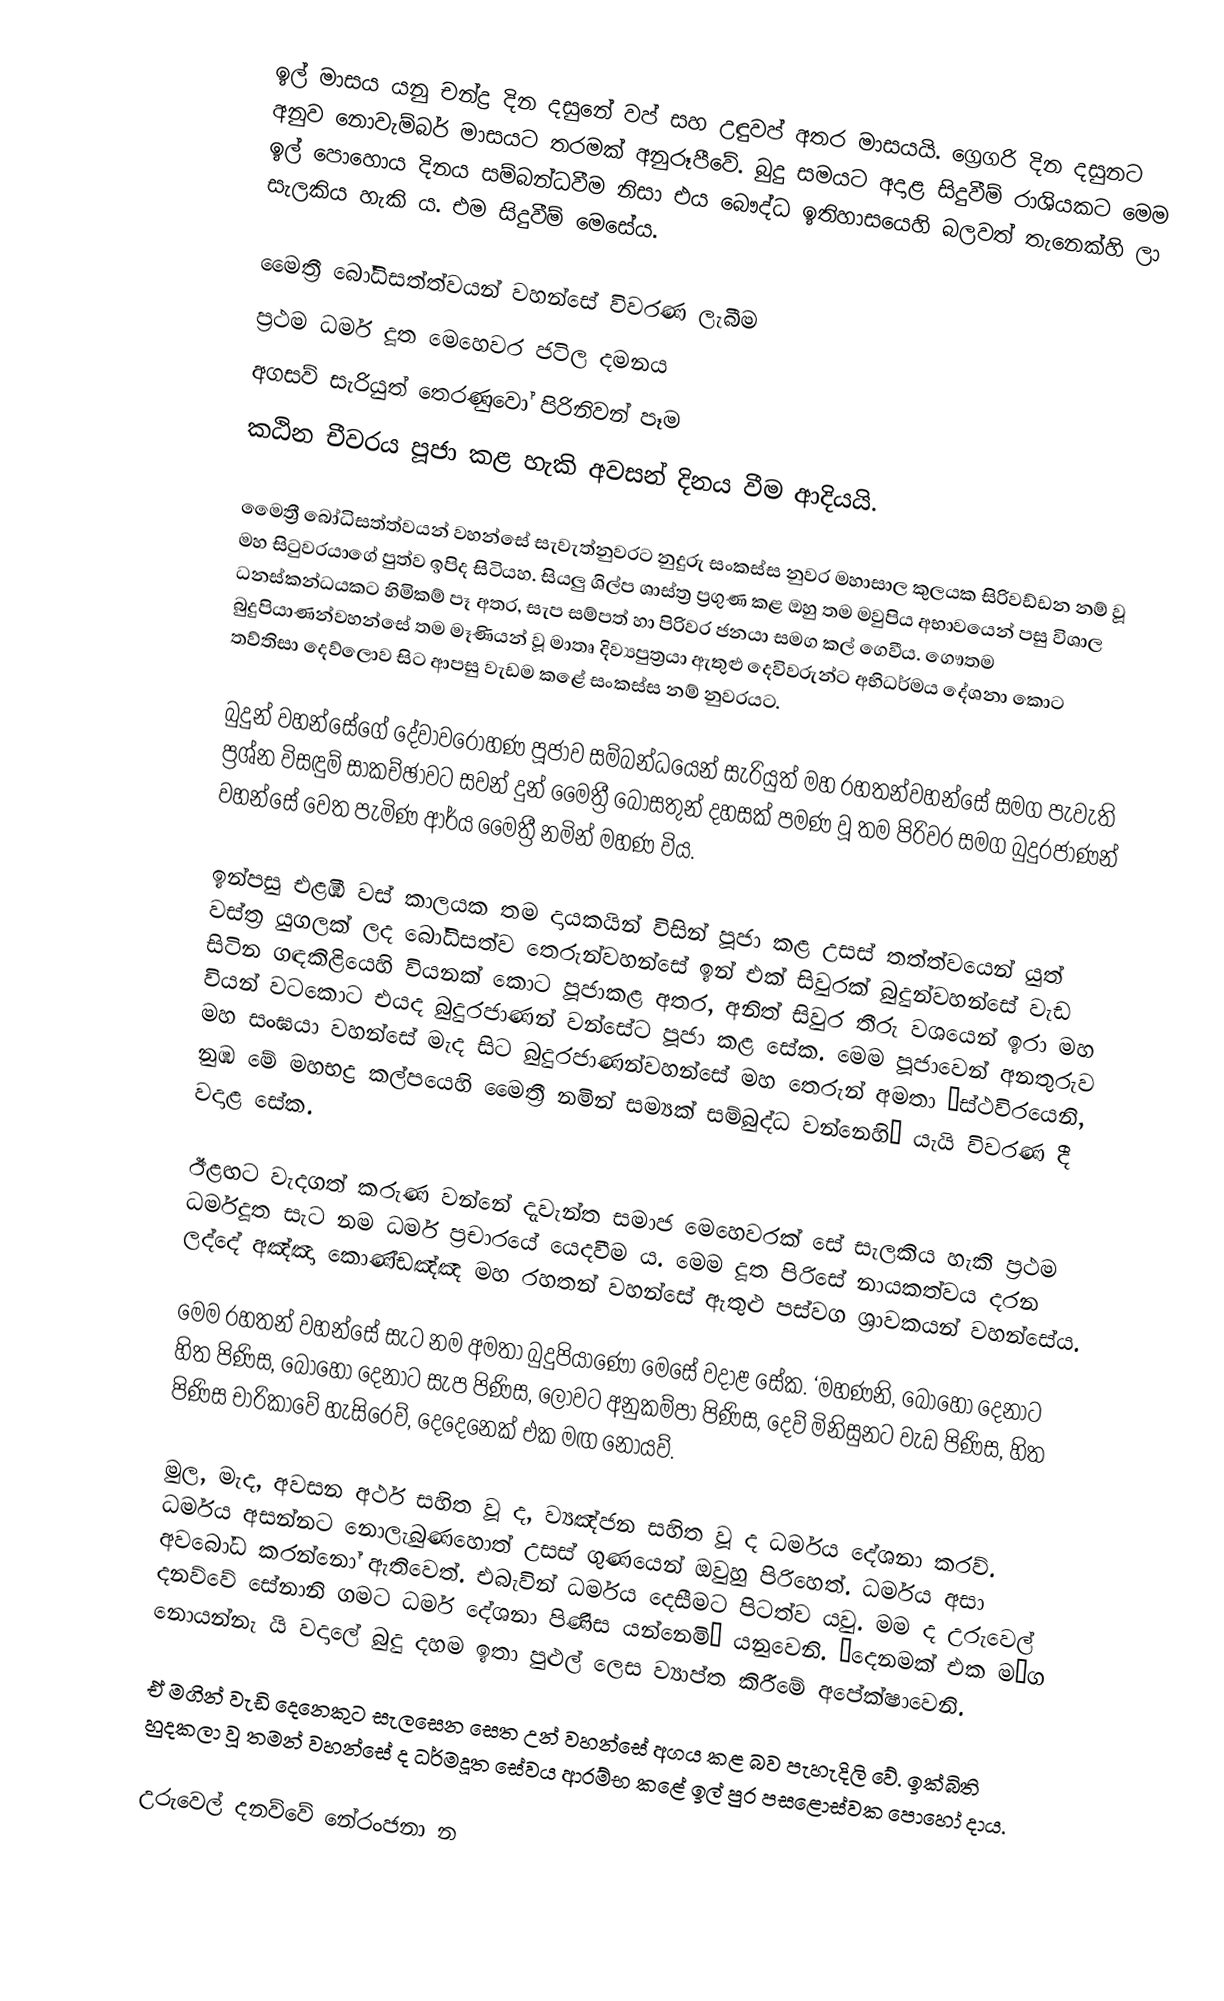
ඉල් මාසය යනු චන්ද්‍ර දින දසුනේ වප් සහ උඳුවප් අතර මාසයයි. ග්‍රෙගරි දින දසුනට අනුව නොවැම්බර් මාසයට තරමක් අනුරූපීවේ. බුදු සමයට අදාළ සිදුවීම් රාශියකට මෙම ඉල් පොහොය දිනය සම්බන්ධවීම නිසා එය බෞද්ධ ඉතිහාසයෙහි බලවත් තැනෙක්හි ලා සැලකිය හැකි ය. එම සිදුවීම් මෙසේය.

 මෛත්‍රී බෝධිසත්ත්වයන් වහන්සේ විවරණ ලැබීම
 ප්‍රථම ධර්ම දූත මෙහෙවර ජටිල දමනය
 අගසව් සැරියුත් තෙරණුවෝ  පිරිනිවන් පෑම
 කඨින චීවරය පූජා කළ හැකි  අවසන් දිනය වීම ආදියයි.

මෛත්‍රී බෝධිසත්ත්වයන් වහන්සේ සැවැත්නුවරට නුදුරු සංකස්ස නුවර මහාසාල කුලයක සිරිවඩ්ඩන නම් වූ මහ සිටුවරයාගේ පුත්ව ඉපිද සිටියහ. සියලු ශිල්ප ශාස්ත්‍ර ප්‍රගුණ කළ ඔහු තම මවුපිය අභාවයෙන් පසු විශාල ධනස්කන්ධයකට හිමිකම් පෑ අතර, සැප සම්පත් හා පිරිවර ජනයා සමග කල් ගෙවීය. ගෞතම බුදුපියාණන්වහන්සේ තම මෑණියන් වූ මාතෘ දිව්‍යපුත්‍රයා ඇතුළු දෙවිවරුන්ට අභිධර්මය දේශනා කොට තව්තිසා දෙව්ලොව සිට ආපසු වැඩම කළේ සංකස්ස නම් නුවරයට.

බුදුන් වහන්සේගේ දේවාවරෝහණ පූජාව සම්බන්ධයෙන් සැරියුත් මහ රහතන්වහන්සේ සමග පැවැති ප්‍රශ්න විසඳුම් සාකච්ඡාවට සවන් දුන් මෛත්‍රී බෝසතුන් දහසක් පමණ වූ තම පිරිවර සමග බුදුරජාණන් වහන්සේ වෙත පැමිණ ආර්ය මෛත්‍රී නමින් මහණ විය.

ඉන්පසු එළඹි වස් කාලයක තම දායකයින් විසින් පූජා කළ උසස් තත්ත්වයෙන් යුත් වස්ත්‍ර යුගලක් ලද බෝධිසත්ව තෙරුන්වහන්සේ ඉන් එක් සිවුරක් බුදුන්වහන්සේ වැඩ සිටින ගඳකිළියෙහි වියනක් කොට පූජාකළ අතර, අනිත් සිවුර තීරු වශයෙන් ඉරා මහ වියන් වටකොට එයද බුදුරජාණන් වන්සේට පූජා කළ සේක. මෙම පූජාවෙන් අනතුරුව මහ සංඝයා වහන්සේ මැද සිට බුදුරජාණන්වහන්සේ මහ තෙරුන් අමතා ‘ස්ථවිරයෙනි, නුඹ මේ මහභද්‍ර කල්පයෙහි මෛත්‍රී නමින් සම්‍යක් සම්බුද්ධ වන්නෙහි’ යැයි විවරණ දී වදාළ සේක.

ඊළඟට වැදගත් කරුණ වන්නේ දැවැන්ත සමාජ මෙහෙවරක් සේ සැලකිය හැකි ප්‍රථම ධර්මදූත සැට නම ධර්ම ප්‍රචාරයේ යෙදවීම ය. මෙම දූත පිරිසේ නායකත්වය දරන ලද්දේ අඤ්ඤා කොණ්ඩඤ්ඤ මහ රහතන් වහන්සේ ඇතුළු පස්වග ශ්‍රාවකයන් වහන්සේය.

මෙම රහතන් වහන්සේ සැට නම අමතා බුදුපියාණෝ මෙසේ වදාළ සේක. ‘මහණනි, බොහෝ දෙනාට හිත පිණිස, බොහෝ දෙනාට සැප පිණිස, ලොවට අනුකම්පා පිණිස, දෙව් මිනිසුනට වැඩ පිණිස, හිත පිණිස චාරිකාවේ හැසිරෙව්, දෙදෙනෙක් එක මඟ නොයව්.

මුල, මැද, අවසන අර්ථ සහිත වූ ද, ව්‍යඤ්ජන සහිත වූ ද ධර්මය දේශනා කරව්. ධර්මය අසන්නට නොලැබුණහොත් උසස් ගුණයෙන් ඔවුහු පිරිහෙත්. ධර්මය අසා අවබෝධ කරන්නෝ ඇතිවෙත්. එබැවින් ධර්මය දෙසීමට පිටත්ව යවු. මම ද උරුවෙල් දනව්වේ සේනානි ගමට ධර්ම දේශනා පිණිස යන්නෙමි’ යනුවෙනි. ‘දෙනමක් එක ම¼ග නොයන්නැ යි වදාලේ බුදු දහම ඉතා පුළුල් ලෙස ව්‍යාප්ත කිරීමේ අපේක්ෂාවෙනි.

ඒ මගින් වැඩි දෙනෙකුට සැලසෙන සෙත උන් වහන්සේ අගය කළ බව පැහැදිලි වේ. ඉක්බිති හුදකලා වූ තමන් වහන්සේ ද ධර්මදූත සේවය ආරම්භ කළේ ඉල් පුර පසළොස්වක පොහෝ දාය.

උරුවෙල් දනව්වේ නේරංජනා න